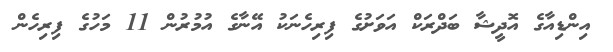
އިންޑިއާގެ އޮދީޝާ ބަދްރަކް އަވަށުގެ ފިރިހެނަކު އޭނާގެ އުމުރުން 11 މަހުގެ ފިރިހެން